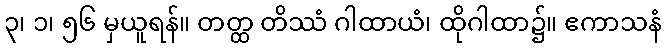
၃၊ ၁၊ ၅၆ မှယူရန်။ တတ္ထ တိဿံ ဂါထာယံ၊ ထိုဂါထာ၌။ ဧကာသနံ